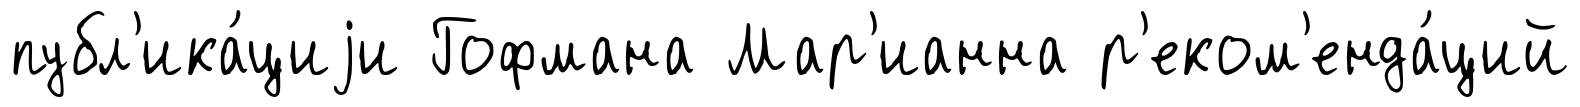
публ'ика́циjи Гофмана Мар'ианна р'еком'енда́ций